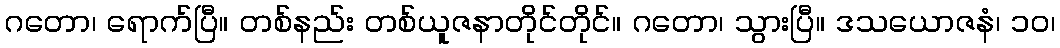
ဂတော၊ ရောက်ပြီ။ တစ်နည်း တစ်ယူဇနာတိုင်တိုင်။ ဂတော၊ သွားပြီ။ ဒသယောဇနံ၊ ၁၀၊